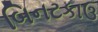
બિનટકાઉ